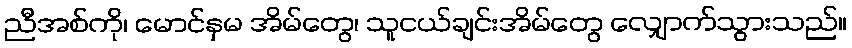
ညီအစ်ကို၊ မောင်နှမ အိမ်တွေ၊ သူငယ်ချင်းအိမ်တွေ လျှောက်သွားသည်။